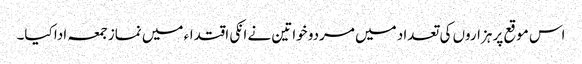
اس موقع پر ہزاروں کی تعداد میں مردو خواتین نے انکی اقتداء میں نماز جمعہ ادا کیا۔